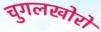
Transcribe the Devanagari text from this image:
चुगलखोरों